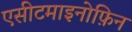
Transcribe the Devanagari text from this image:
एसीटमाइनोफ़िन